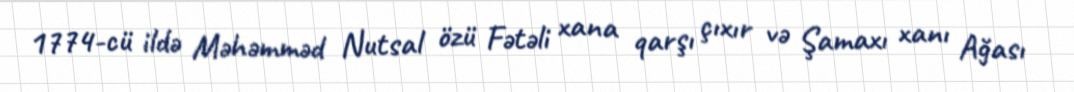
1774-cü ildə Məhəmməd Nutsal özü Fətəli xana qarşı çıxır və Şamaxı xanı Ağası